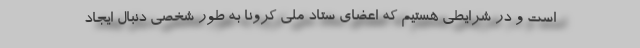
است و در شرایطی هستیم که اعضای ستاد ملی کرونا به طور شخصی دنبال ایجاد